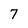
Character: 7